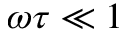
\omega \tau \ll 1